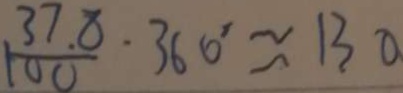
\frac { 3 7 . 8 } { 1 0 0 } \cdot 3 6 0 ^ { \prime } \approx 1 3 0